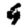
Digit: 9